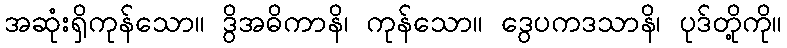
အဆုံးရှိကုန်သော။ ဒွိအဓိကာနိ၊ ကုန်သော။ ဒွေပကဒသာနိ၊ ပုဒ်တို့ကို။